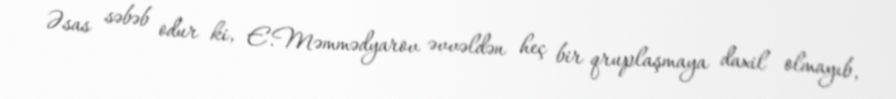
Əsas səbəb odur ki, E.Məmmədyarov əvvəldən heç bir qruplaşmaya daxil olmayıb,